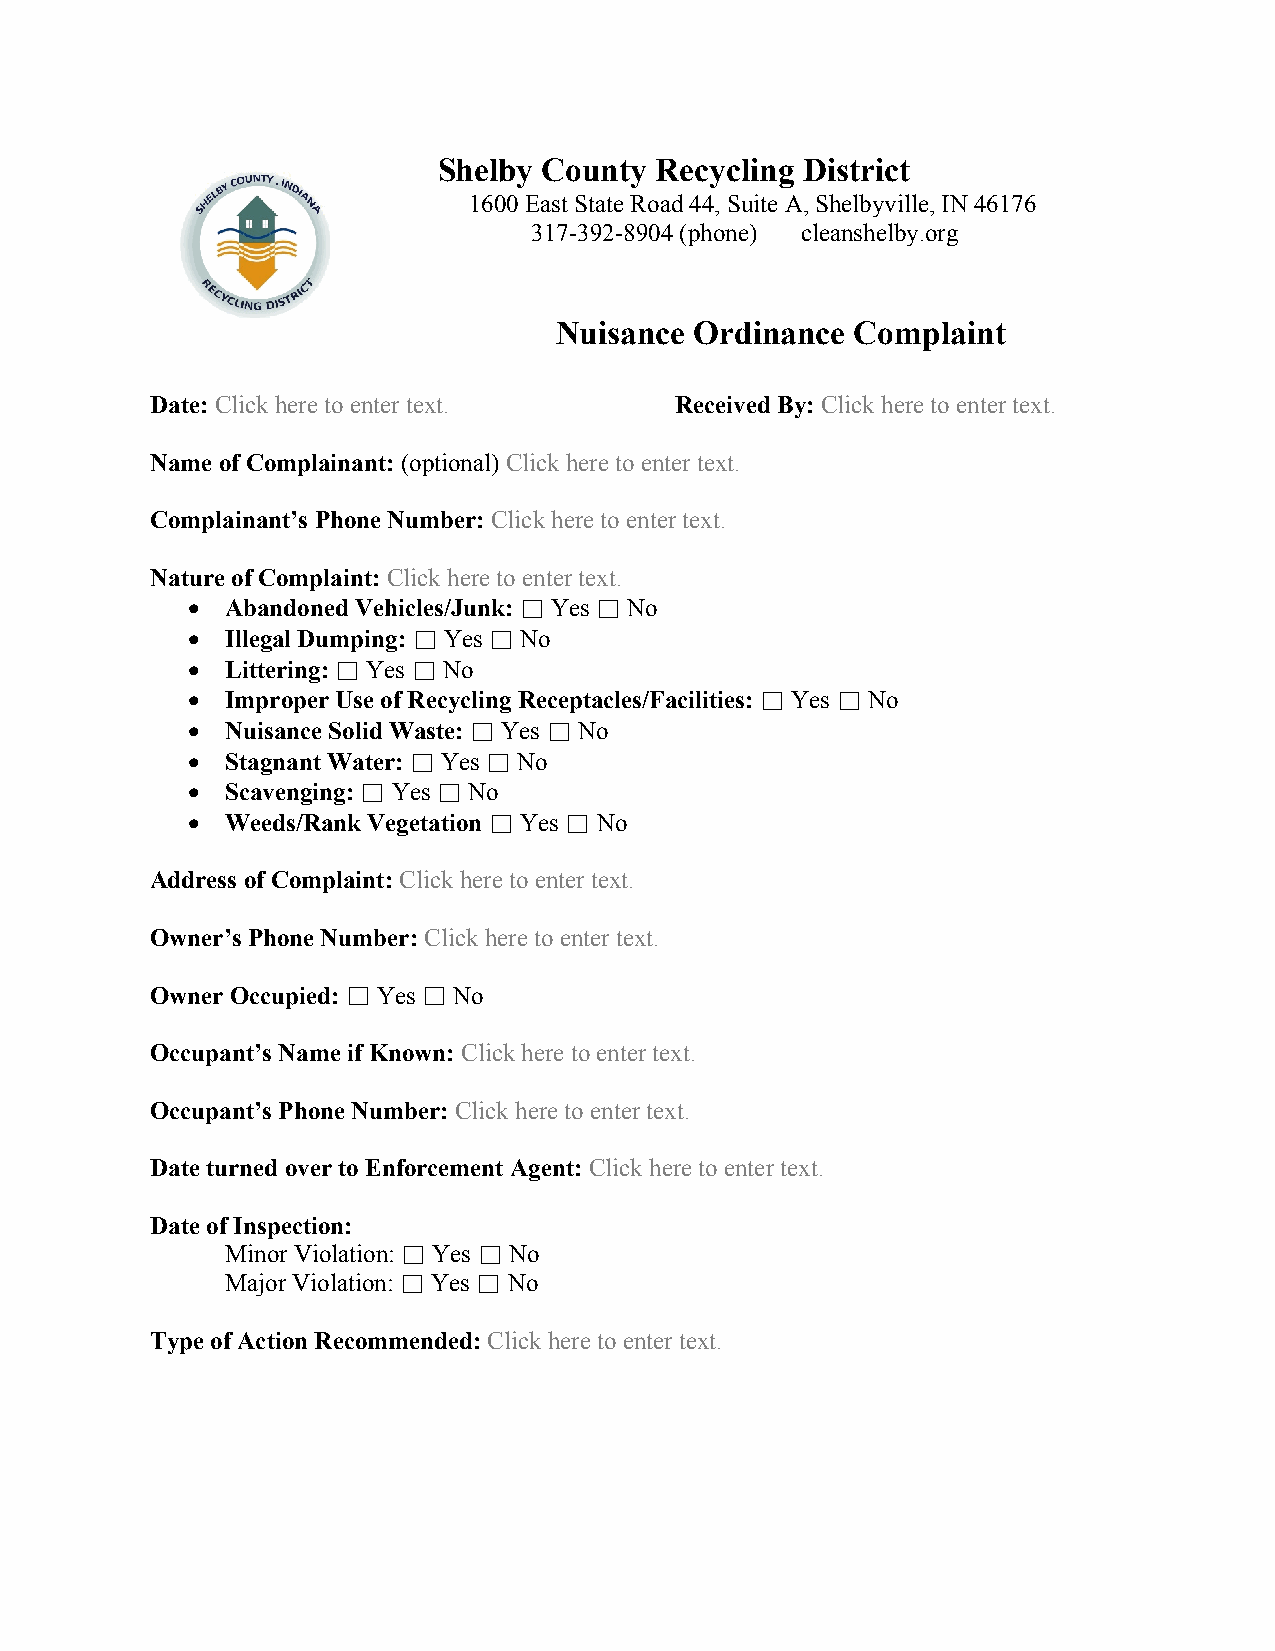
Shelby County Recycling District
 1600 East State Road 44, Suite A, Shelbyville, IN 46176
 317-392-8904 (phone) cleanshelby.org
 Nuisance Ordinance  Complaint
 Date: Click here to enter text.    Received By: Click here to enter text.
 Name of Complainant: (optional) Click here to enter text.
 Complainant’s Phone Number: Click here to enter text.
 Nature of Complaint: Click here to enter text.
   Abandoned Vehicles/Junk: ☐ Yes ☐ No
   Illegal Dumping: ☐ Yes ☐ No
   Littering: ☐ Yes ☐ No
   Improper Use of Recycling Receptacles/Facilities: ☐ Yes ☐ No
   Nuisance Solid Waste: ☐ Yes ☐ No
   Stagnant Water: ☐ Yes ☐ No
   Scavenging: ☐ Yes ☐ No
   Weeds/Rank Vegetation ☐ Yes ☐ No
 Address of Complaint: Click here to enter text.
 Owner’s Phone Number: Click here to enter text.
 Owner Occupied: ☐ Yes ☐ No
 Occupant’s Name if Known: Click here to enter text.
 Occupant’s Phone Number: Click here to enter text.
 Date turned over to Enforcement Agent: Click here to enter text.
 Date of Inspection:
 Minor Violation: ☐ Yes ☐ No
 Major Violation: ☐ Yes ☐ No
 Type of Action Recommended: Click here to enter text.